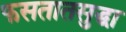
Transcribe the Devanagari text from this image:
फसतातसुद्धा